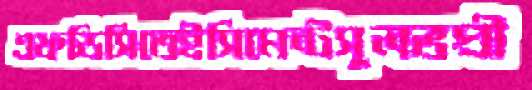
এফডিসিতেইসিমেন্টসুলভপ্রী